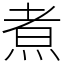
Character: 煮